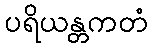
ပရိယန္တကတံ